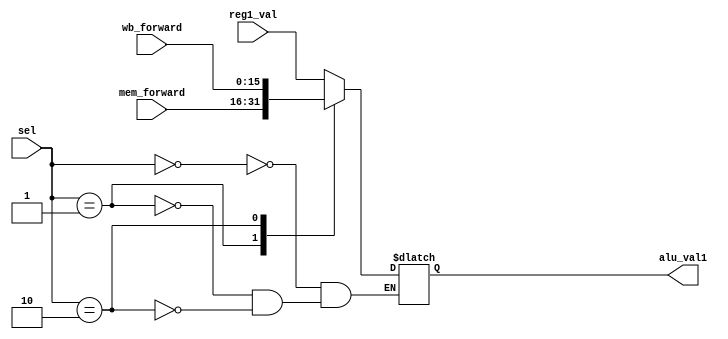
module ALU_Reg1_Mux(sel,reg1_val,mem_forward,wb_forward,alu_val1
    );

	input [1:0] sel;
	input [15:0] reg1_val,mem_forward,wb_forward;
	
	output reg [15:0] alu_val1;
	
	always@(*) begin
		case(sel)
			0:	alu_val1 = reg1_val;
			1: alu_val1 = mem_forward;
			2: alu_val1 = wb_forward;
		endcase
	end

endmodule